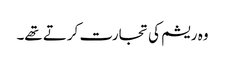
وہ ریشم کی تجارت کرتے تھے۔